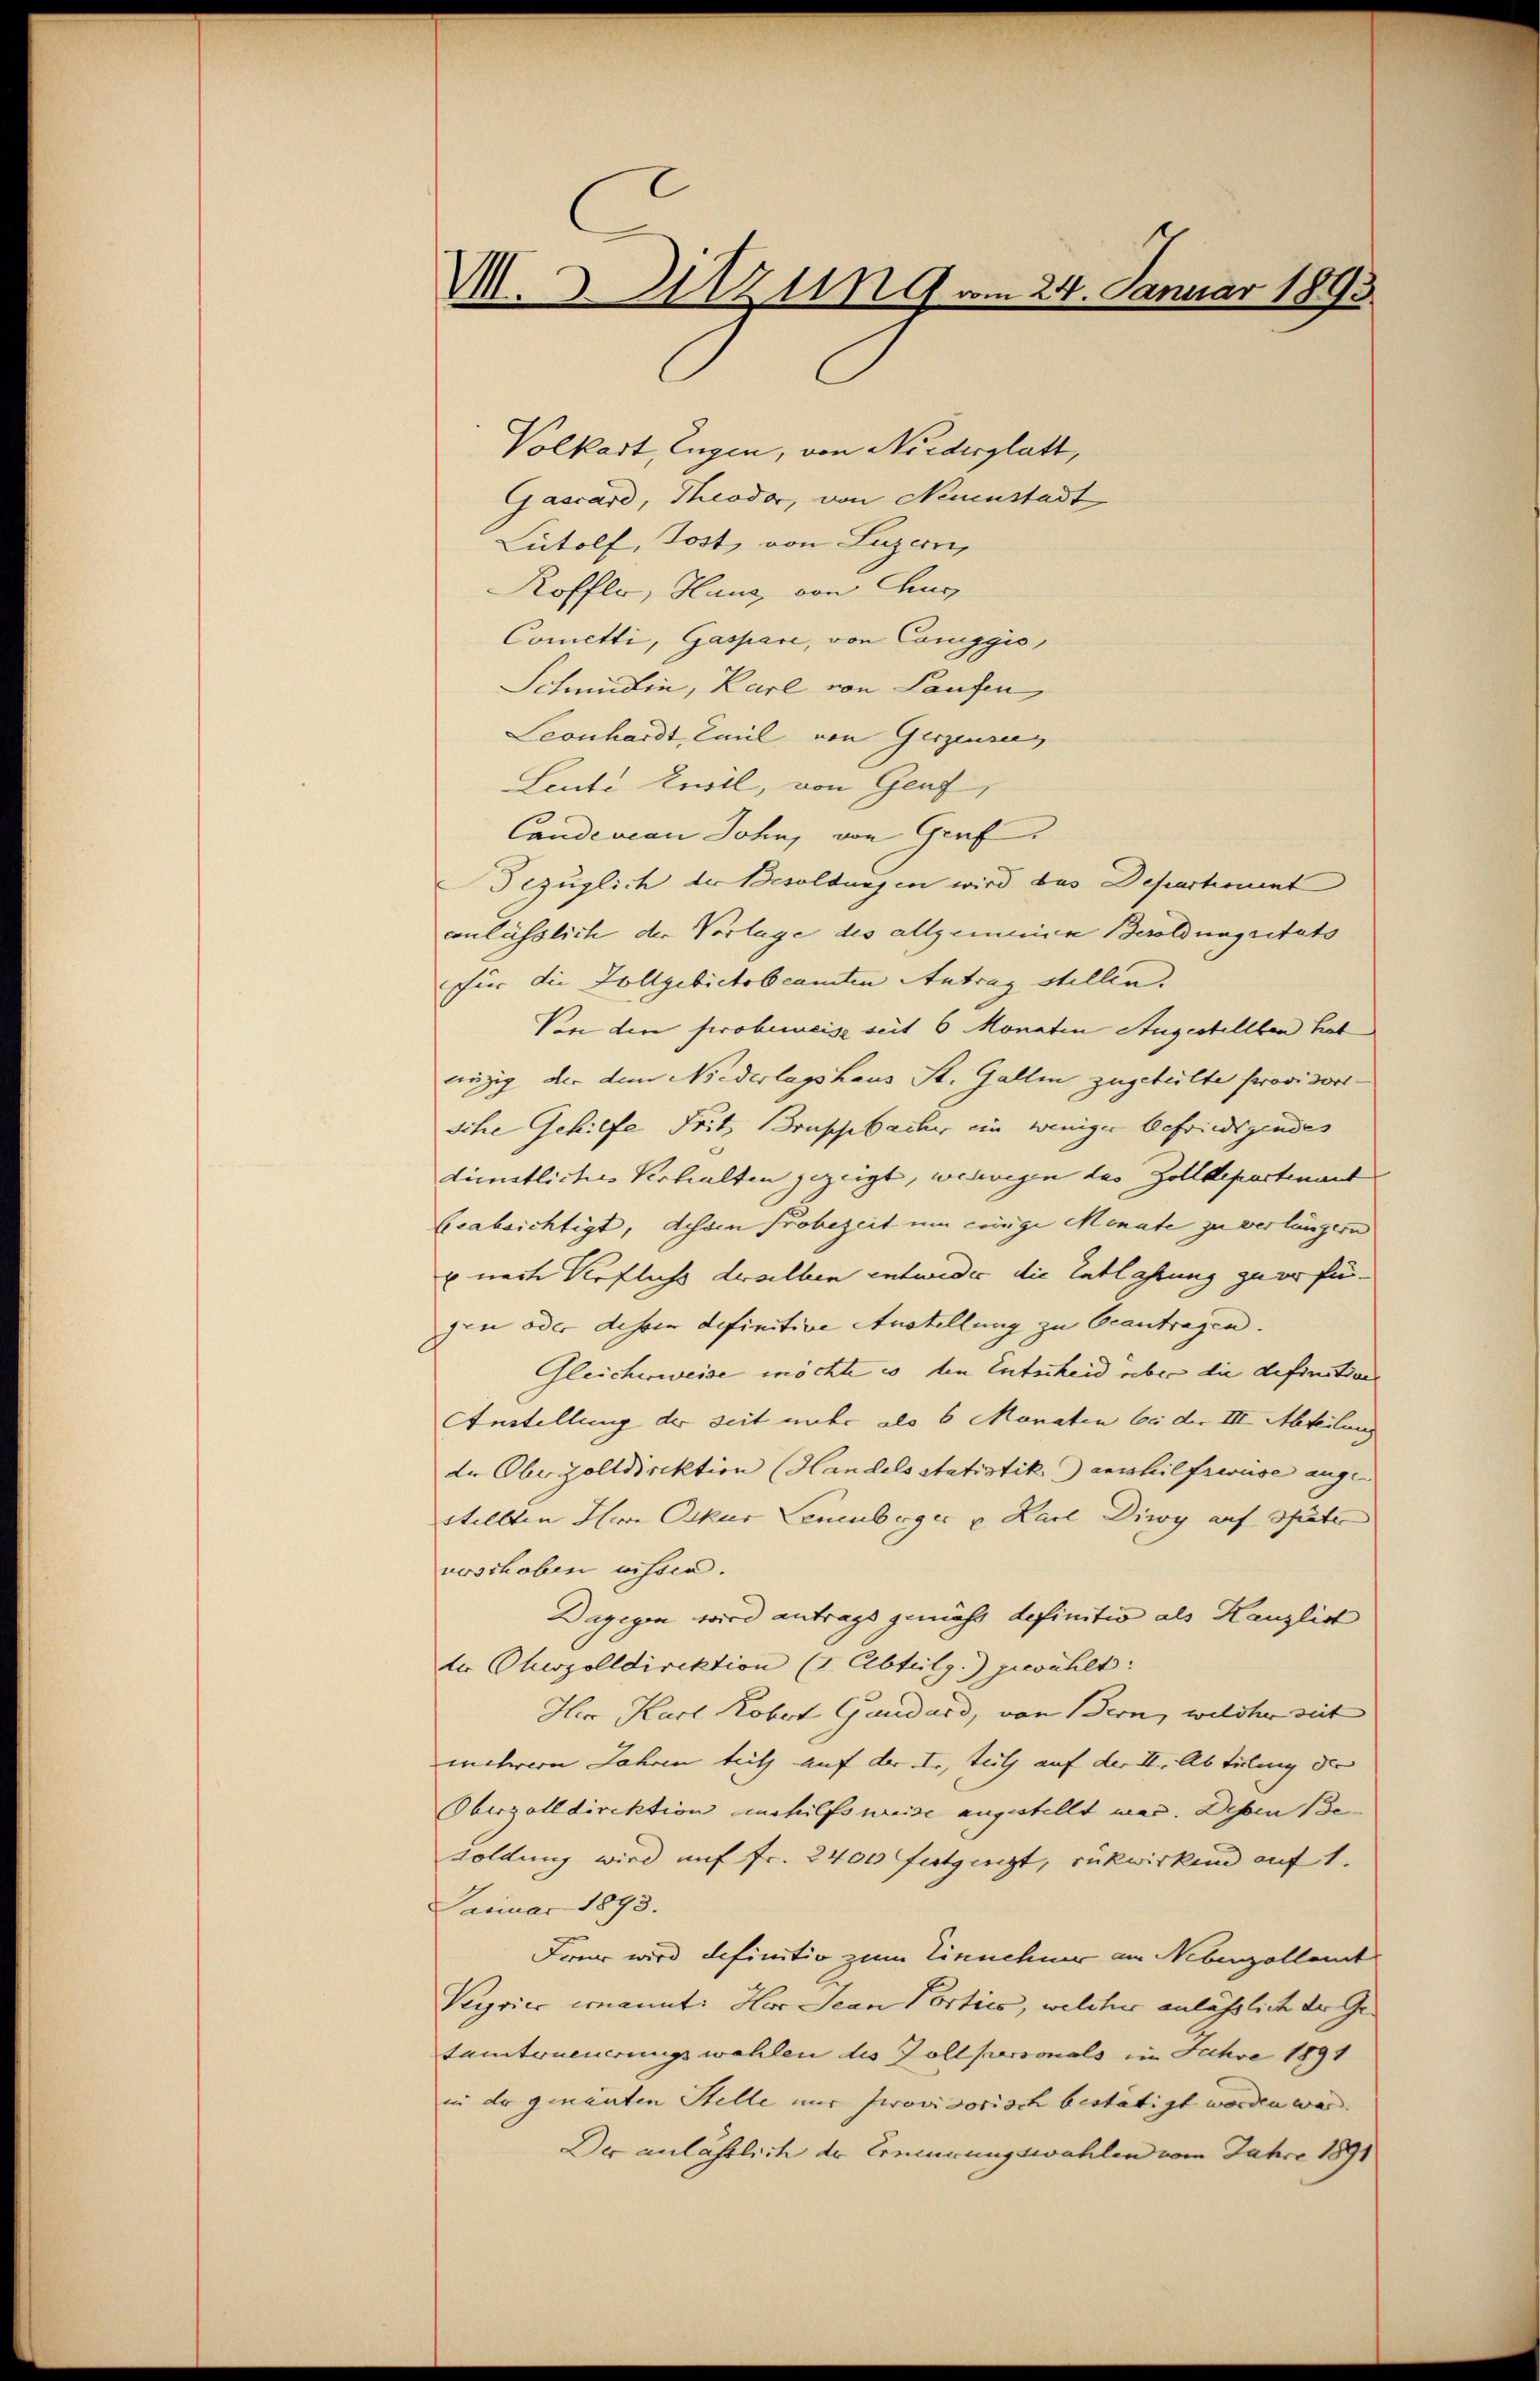
M.D. Sitzung vom 24. Januar 1893

Volkart, Eugen, von Niederglatt,
Gascard, Theodor, von Neuenstadt
Lutolf, Jost, von Luzern,
Roffli, Haus, von Aus
Cometti, Gaspare, von Coniggis,
Schmidin, Karl von Laufen,
Leonhardt, Emil von Gerzensus
Leute Kreil, von Genf
Candescan John, von Gruf
Bezüglich der Besoldungen wird das Departient
conlässlich der Vorlage des allgemeine Besoldungsitats
für die Zollgebietsbeamten Antrag stellen.
Von den Probereis seit 6 Monaten Augestellten hat
einzig der dem Niederlagshaus St. Gallen zugeteilte provisortsihre Gehilfe Fritz Druschbacher ein weniger befriedigendes
dünstliches Verhalten gezeigt, weswegen des Zolldepartenant
beabsichtigt, dessen Probezeit um einige Monate zu verlängern
u nach Verfluss derselben entweder die Entlassung zu verfür-
gen oder dessen definitive Austellung zu beantragen.
Gleicherweise möchte es den Entscheid über die definition
Anstellung der seit unte als 6 Monaten bei der III. Abteilung
de Oberzolldirektion (Handelsstatistik aushilfsweise angen |
Stellten Herr Oskur Leuenberger u Karl Diwy auf später
voschoben wissen.
Dagegen wird antrags gemäss definitiv als Kanzlic
der Cherzolldirektion (Abteilg.) gewählt:
Herr Karl Kobert Gaudard, von Bern, welcher seit
mehrern Jahren teils auf der I., tutz auf der II. Abteilung der
Oberzolldirektion inhilfsweise angestellt war. Dessen Be
soldung wird auf Fr. 2400 Futgerit, rükwirkend auf 1.
Januar 1893.
Frau wird definitiv zum Einnehmer am Nebenzollamt
Veyries ernannte Herr Jean Portico, welcher anlässlich der Getamterneuerungswahlen des Zollpersonals in Jahre 1891
in der genanten Stelle nur provisorisch bestätigt worden war.
Der anlässlich dr Erneuerungswahlen vom Jahre 1891